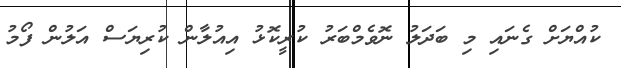
ކުއްޔަށް ގެނައި މި ބަދަލު ނޮވެމްބަރު ކުރީކޮޅު އިއުލާން ކުރިޔަސް އަލުން ފޯމު